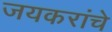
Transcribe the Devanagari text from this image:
जयकरांचे